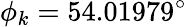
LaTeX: \phi_{k}=54.01979^{\circ}